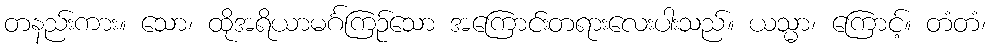
တနည်းကား။ သော၊ ထိုအရိယာမင်္ဂကြဉ်သော အကြောင်းတရားလေးပါးသည်။ ယသ္မာ၊ ကြောင့်။ တံတံ၊